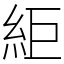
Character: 䋌